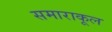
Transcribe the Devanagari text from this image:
समाराकूल